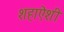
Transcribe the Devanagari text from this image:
शहाऐंशी